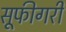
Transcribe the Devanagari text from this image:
सूफीगरी